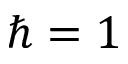
\hbar = 1